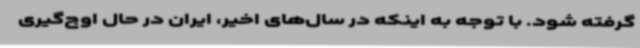
گرفته شود. با توجه به اینکه در سال‌های اخیر، ایران در حال اوج‌گیری